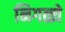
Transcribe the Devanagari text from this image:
निगळ्ये